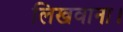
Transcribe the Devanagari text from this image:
लिखवाना।